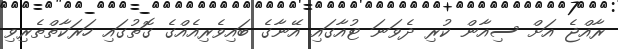
ރާއްޖެ އަށް ސިއާން ކުރި ދެވަނަ ޓުއާގައި އޭނާގެ ބައިވެރިއެއްގެ ގޮތުގައި ހަރަކާތްތެރިވި